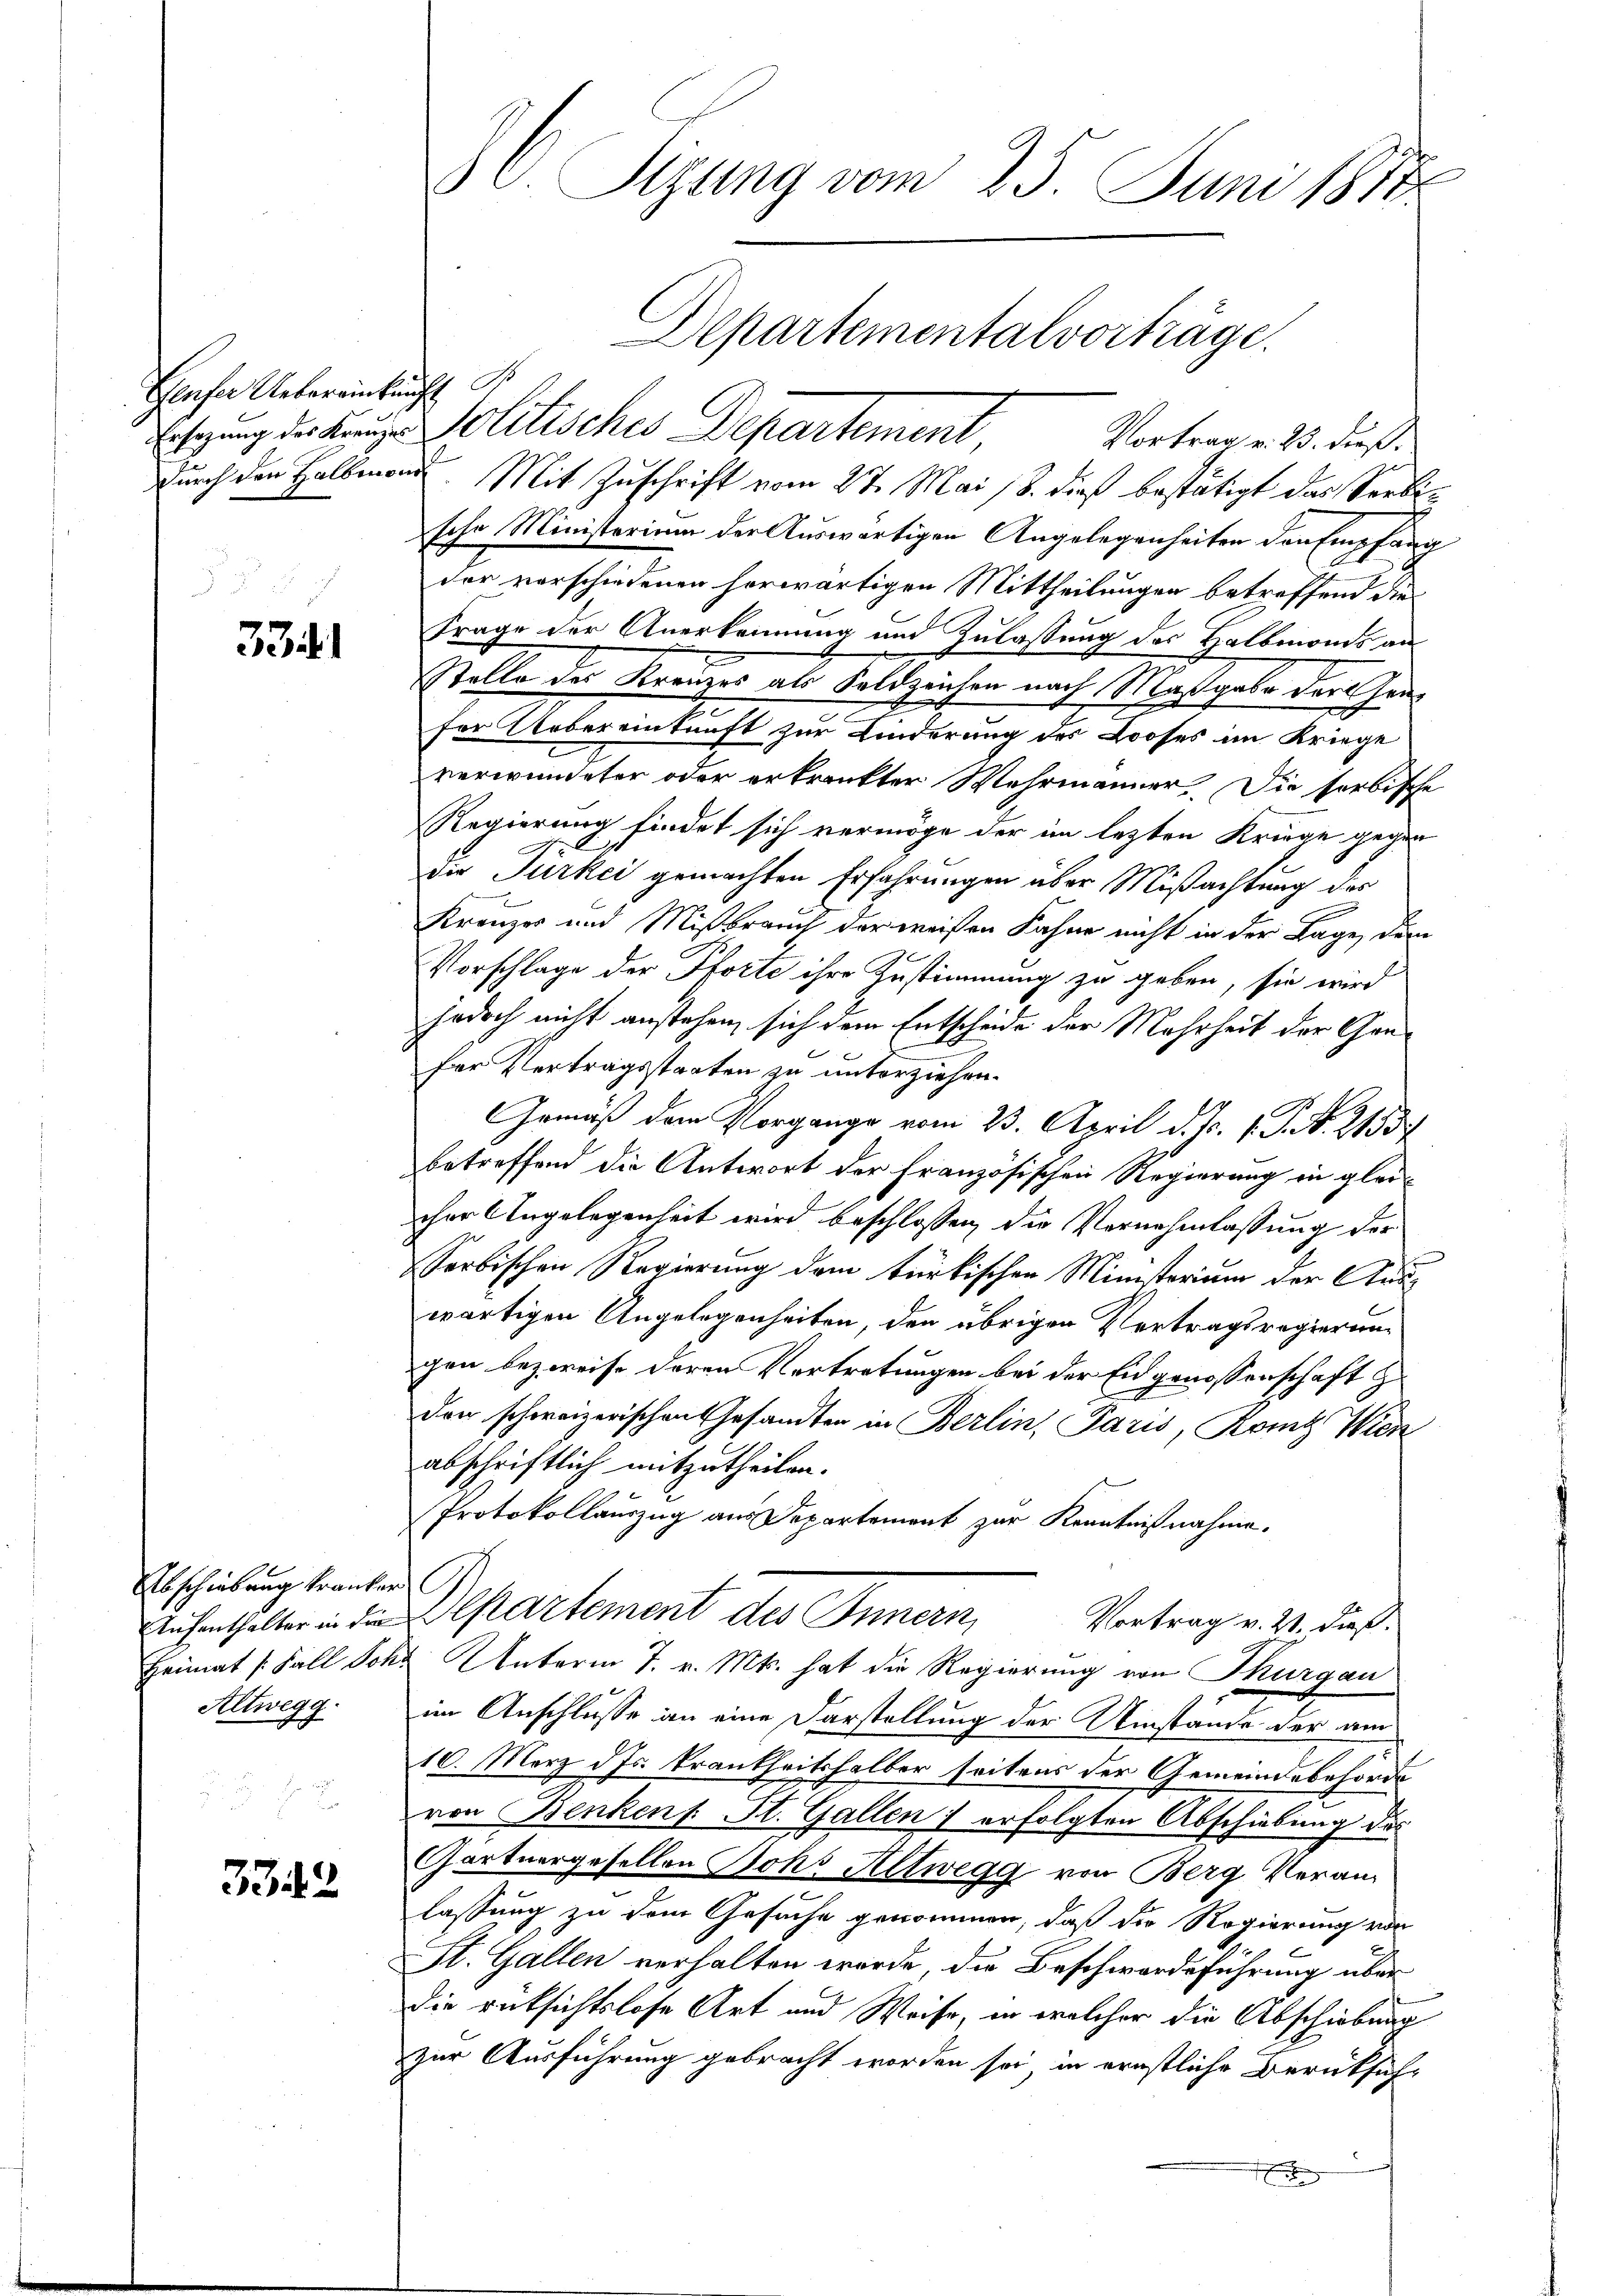
Genfer Uebereinkunft S

3341

Abschiebung kranker
Altwegg

3342.

Ersezung der Kanze Solitisches Departement Vortrag. 23. dieß
durch den Halbmann. Mit Zuschrift vom 27. Mai 18. dieß bestätigt das Serbesche Ministerium der Auswärtigen Angelegenheiten den Empfang
der vorschiedenen herwärtigen Mittheilungen betreffend die
Frage der Anerkennung und Zulassung des Halbmonds an
Stelle des Kreuzes als Feldzeichen nach Maßgabe der Grafür Uebereinkunft zur Kinderung des Looses im Kriege
e
verwundeter oder erkrankter Wehrmänner. Die sorbische
Regierung findet sich vermöge der im lezten Kriege gegen
die Türkei gemachten Erfahrungen über Mißachtung des
Kränzer und Mißbrauch der weisen Fahne nicht in der Lage, dem
Vorschlage der Porte ihre Zustimmung zu geben, sie wird
jedoch nicht anstehen, sich dem Entscheide der Mehrheit der Gan¬
Der Vertragsstaaten zu unterziehen.
Gemäß dem Vorgang vom 23. April d. J. 1. P. R. 2153
betreffend die Antwort der französischen Regierung in glei-
cher Angelegenheit wird beschlossen, die Vornahmlassung der
Serbischen Regierung dem türkischen Ministerium der Auswärtigen Angelegenheiten, den übrigen Vertragsregierung
gen bezweife deren Vertretungen bei der Eidgenossenschaft zu
den schweizerischen Gesandten in Berlin, Paris, Krintz Wien
abschriftlich mitzutheilen.
Protokollauszug aus Departement zur Kenntnißnahme.
Ruchenthalter in die Departement des Innern,
Vortrag v. 21. dieß.
Heimat [Fall Sch. Unterm 7. v. Mts. hat die Regierung von Thurgau
im Anschlusse an eine Darstellung der Umstände der am
10. März d. Js. krankheitshalber seitens der Gemeindebehörde
von Benkens St. Gallen) erfolgten Abschiebung des
Gartnergesellen Joh. Altwegg von Berg Veran¬
.
lassung zu dem Gesuche genommen, daß die Regierung von
St. Gallen verhalten wurde, die Beschwerdeführung über
die rücksichtslose Art und Weise, in welcher die Abschiebung
zur Ausführung gebracht worden sei, in ernstliche Berücksich-
e

Sizung vom 25. Juni 1877
Departementalvorträge.